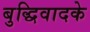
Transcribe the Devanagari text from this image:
बुद्धिवादके